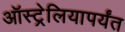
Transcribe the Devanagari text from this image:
ऑस्ट्रेलियापर्यंत